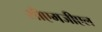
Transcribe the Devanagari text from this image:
सीएमजीएल